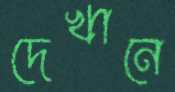
দেখানে